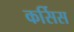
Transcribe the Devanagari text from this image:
कर्सिस